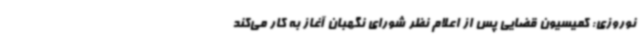
نوروزی: کمیسیون قضایی پس از اعلام نظر شورای نگهبان آغاز به کار می‌کند